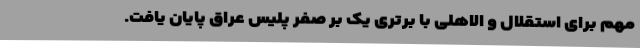
مهم برای استقلال و الاهلی با برتری یک بر صفر پلیس عراق پایان یافت.